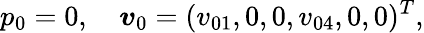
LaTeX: p_{0}=0,\quad\boldsymbol{v}_{0}=(v_{01},0,0,v_{04},0,0)^{T},